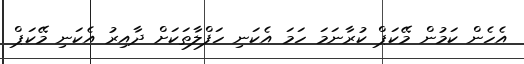
އެހެން ކަމުން މޭކަޕް ކުރާނަމަ ހަމަ އެކަނި ހަފްލާތަކަށް ދާއިރު އެކަނި މޭކަޕް